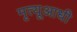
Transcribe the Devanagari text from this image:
मृत्यूआधी